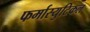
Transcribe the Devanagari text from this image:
फर्मास्युटिकल